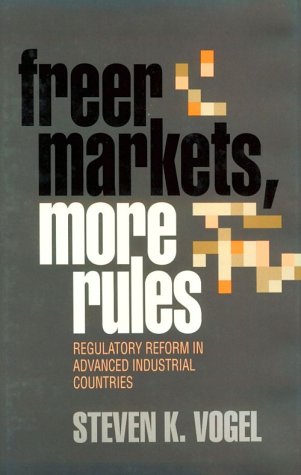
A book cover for Freer Markets, More Rules: Regulatory Reform in Advanced Industrial Countries (Cornell Studies in Political Economy); Steven K. Vogel; Law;